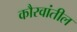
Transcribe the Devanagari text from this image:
कौरवांतील